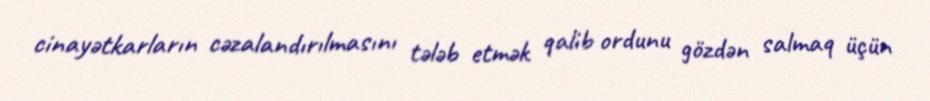
cinayətkarların cəzalandırılmasını tələb etmək qalib ordunu gözdən salmaq üçün